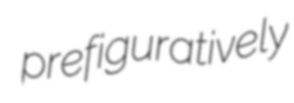
prefiguratively